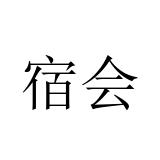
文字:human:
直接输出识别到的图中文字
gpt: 宿会